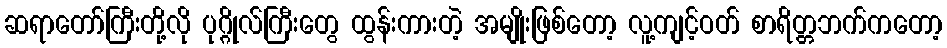
ဆရာတော်ကြီးတို့လို ပုဂ္ဂိုလ်ကြီးတွေ ထွန်းကားတဲ့ အမျိုးဖြစ်တော့ လူ့ကျင့်ဝတ် စာရိတ္တဘက်ကတော့